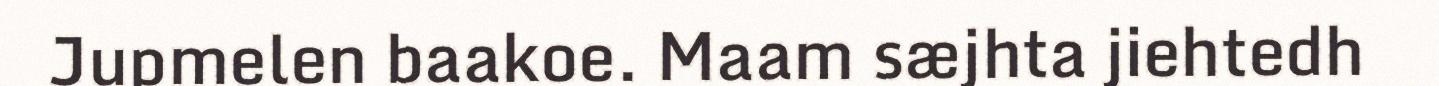
Jupmelen baakoe. Maam sæjhta jiehtedh